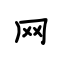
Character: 网